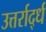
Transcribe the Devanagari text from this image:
उत्तर्रार्द्ध